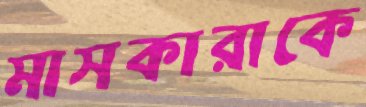
মাসকারাকে